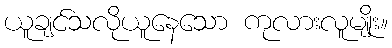
ယူချင်သလိုယူနေသော ကုလားလူမျိုး။